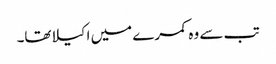
تب سے وہ کمرے میں اکیلاتھا۔